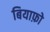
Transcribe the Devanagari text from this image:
बियाफ़ो